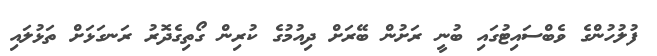
ފުލުހުންގެ ވެބްސައިޓުގައި ބުނީ ރަށުން ބޭރަށް ދިއުމުގެ ކުރިން ގޯތިގެދޮރު ރަނގަޅަށް ތަޅުލައި